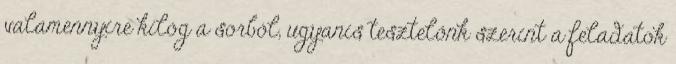
valamennyire kilóg a sorból, ugyanis tesztelőnk szerint a feladatok